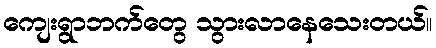
ကျေးရွာဘက်တွေ သွားလာနေသေးတယ်။